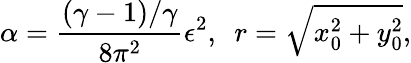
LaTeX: \alpha=\frac{(\gamma-1)/\gamma}{8\pi^{2}}\mathcal{\epsilon}^{2},~~r=\sqrt{x_{0}^{2}+y_{0}^{2}},